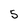
Character: 5